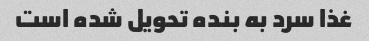
غذا سرد به بنده تحویل شده است